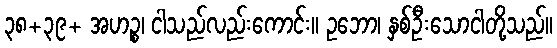
၃၈+၃၉+ အဟဉ္စ၊ ငါသည်လည်းကောင်း။ ဥဘော၊ နှစ်ဦးသောငါတို့သည်။